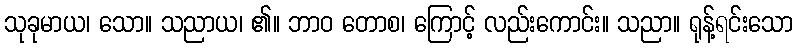
သုခုမာယ၊ သော။ သညာယ၊ ၏။ ဘာဝ တောစ၊ ကြောင့် လည်းကောင်း။ သညာ။ ရုန့်ရင်းသော